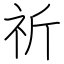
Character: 祈